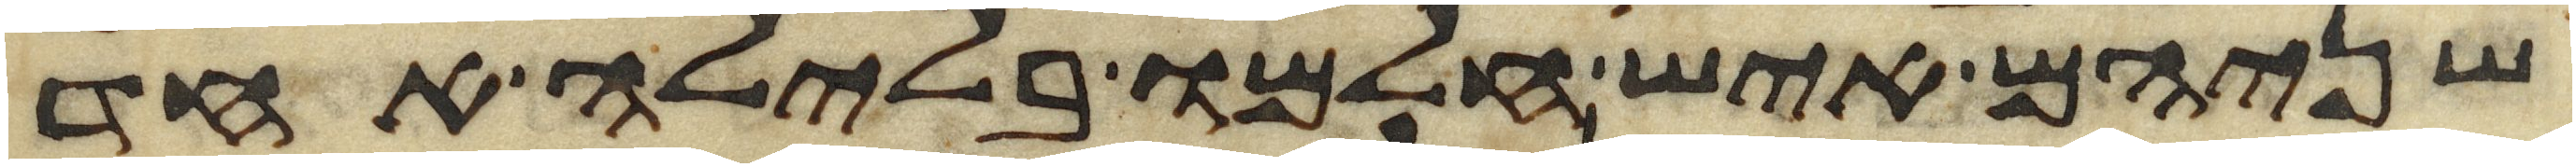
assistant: שניהם איש חלמו בלילה אחד